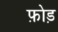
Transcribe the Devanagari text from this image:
फ़ोड़